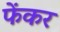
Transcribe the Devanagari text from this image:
फेंकर